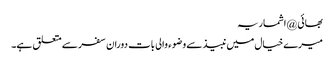
بھائی @اشماریہ
میرے خیال میں نبیذ سے وضوء والی بات دوران سفر سے متعلق ہے۔